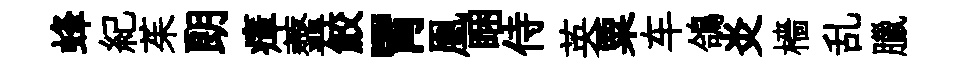
蜂紀茱朗瘴虀鮫胃凰睏侍英粟车鴿炎檣乱臘